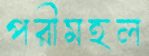
পরীমহল